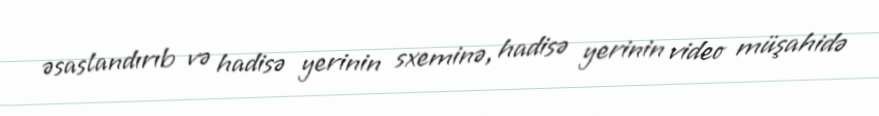
əsaslandırıb və hadisə yerinin sxeminə, hadisə yerinin video müşahidə